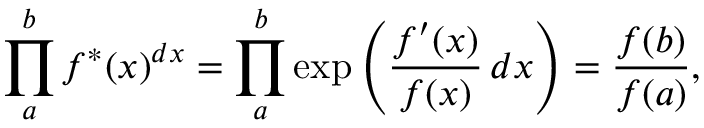
\prod _ { a } ^ { b } f ^ { * } ( x ) ^ { d x } = \prod _ { a } ^ { b } \exp \left( { \frac { f ^ { \prime } ( x ) } { f ( x ) } } \, d x \right) = { \frac { f ( b ) } { f ( a ) } } ,